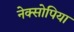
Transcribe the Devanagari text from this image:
नेक्सोपिया